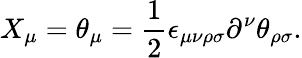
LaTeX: X_{\mu}=\theta_{\mu}=\frac{1}{2}\epsilon_{\mu\nu\rho\sigma}\partial^{\nu}\theta_{\rho\sigma}.